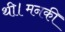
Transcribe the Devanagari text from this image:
थी।मनकी